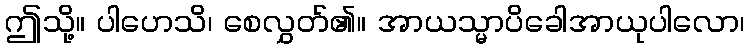
ဤသို့။ ပါဟေသိ၊ စေလွှတ်၏။ အာယသ္မာပိခေါအာယုပါလော၊